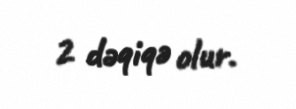
2 dəqiqə olur.